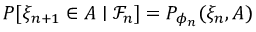
\begin{array} { r } { P [ \xi _ { n + 1 } \in A \mid \mathcal { F } _ { n } ] = P _ { \phi _ { n } } ( \xi _ { n } , A ) } \end{array}